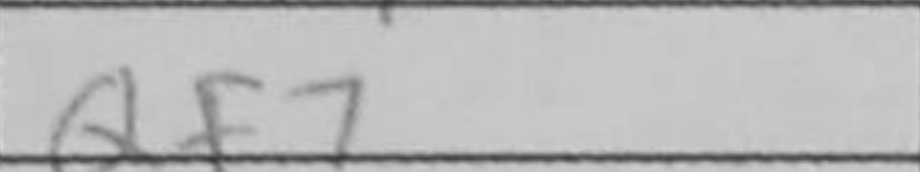
Transcription: Qf7